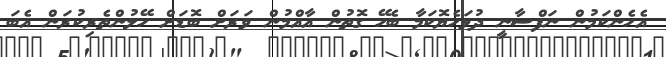
އެހެންކަމުން ނަފްސާނީ ދުޅަހެޔޮކަމާ ބެހޭ ގޮތުން އާއްމުން ވަރަށް ބޮޑަށް ހޭލުންތެރިކުރަން އެބަ